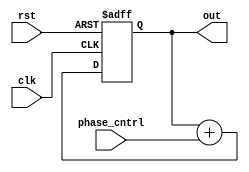
module DDS(clk, rst, phase_cntrl, out);
    input clk, rst;
    input [1:0] phase_cntrl;
    output reg [7:0] out;
    always @(posedge clk, posedge rst) begin
        if (rst) begin
            out = 8'b0;
        end
        else begin
            out = out + phase_cntrl;
        end 
    end
endmodule